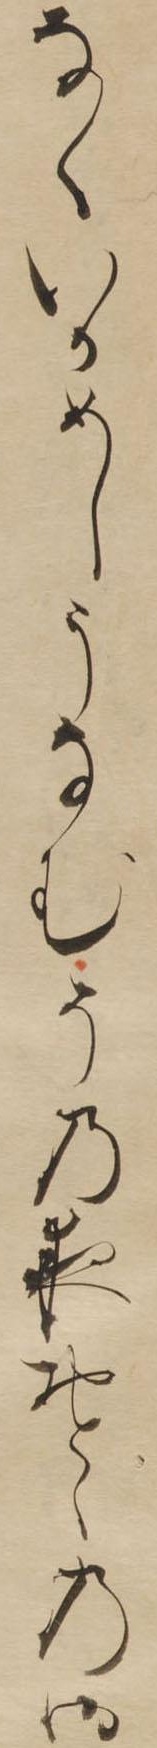
なくいかめしうなむその夜おとゝの御